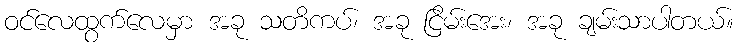
ဝင်လေထွက်လေမှာ အခု သတိကပ်၊ အခု ငြိမ်းအေး၊ အခု ချမ်းသာပါတယ်။